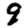
Digit: 9